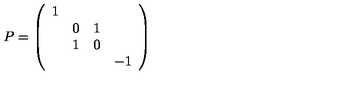
P = \left( \begin{array} { c c c c } { 1 } & { } & { } & { } \\ { } & { 0 } & { 1 } & { } \\ { } & { 1 } & { 0 } & { } \\ { } & { } & { } & { - 1 } \\ \end{array} \right)